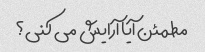
مطمئن آیا آرایش می کنی؟